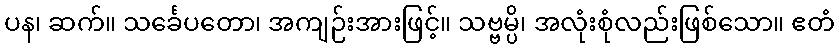
ပန၊ ဆက်။ သင်္ခေပတော၊ အကျဉ်းအားဖြင့်။ သဗ္ဗမ္ပိ၊ အလုံးစုံလည်းဖြစ်သော။ ဧတံ